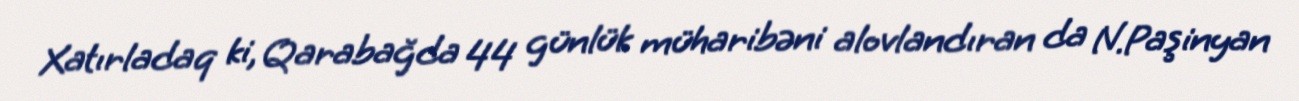
Xatırladaq ki, Qarabağda 44 günlük müharibəni alovlandıran da N.Paşinyan